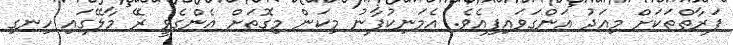
ފަރާތްތަކަށް މިއަދު އަންގަވައިފިއެވެ. އެމަނިކުފާނު މިކަން މިގޮތަށް އެންގެވީ ރޭ މާލޭގައި ހިނގި